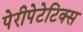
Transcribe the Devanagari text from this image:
पेरीपेटेटिक्स